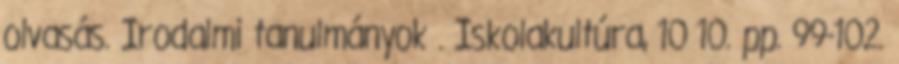
olvasás. Irodalmi tanulmányok . Iskolakultúra, 10 10. pp. 99-102.